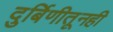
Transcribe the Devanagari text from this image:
दुर्बिणीतूनही